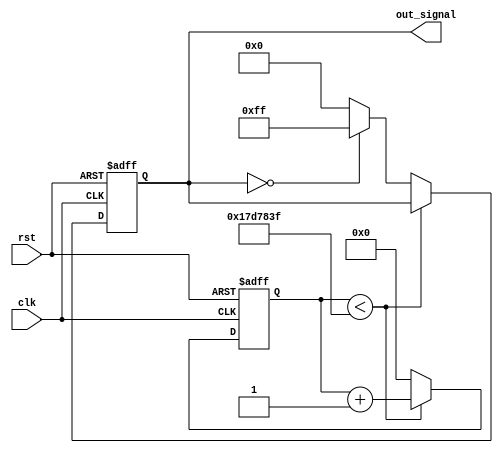
module SignalGenerator #(
    parameter SIGNAL_TYPE = 0,  // 0: Square, 1: Sine, 2: Triangle, 3: Sawtooth
    parameter FREQUENCY = 1,     // Frequency in Hz
    parameter AMPLITUDE = 8'hFF, // Amplitude (max value for output)
    parameter PHASE_OFFSET = 0   // Phase offset in degrees
)(
    input wire clk,              // Clock input
    input wire rst,              // Asynchronous reset
    output reg [7:0] out_signal  // Generated signal output
);

    // Constants
    localparam CLOCK_FREQ = 50_000_000; // Assume a clock frequency of 50 MHz
    localparam MAX_COUNT = CLOCK_FREQ / (2 * FREQUENCY); // Count value for frequency

    // Internal signals
    reg [31:0] counter;           // Counter for timing
    reg [7:0] sine_table [0:255]; // Lookup table for sine wave
    integer i;

    // Initialize the sine wave lookup table
    initial begin
        for (i = 0; i < 256; i = i + 1) begin
            sine_table[i] = AMPLITUDE * (1 + $sin(2 * 3.14159265 * i / 256.0)); // Scale to amplitude
        end
    end

    // Main signal generation logic
    always @(posedge clk or posedge rst) begin
        if (rst) begin
            out_signal <= 8'h00;
            counter <= 0;
        end else begin
            if (counter < MAX_COUNT - 1) begin
                counter <= counter + 1;
            end else begin
                counter <= 0;

                case (SIGNAL_TYPE)
                    0: begin // Square wave
                        out_signal <= (out_signal == 8'h00) ? AMPLITUDE : 8'h00;
                    end
                    1: begin // Sine wave
                        out_signal <= sine_table[(counter * 256) / MAX_COUNT];
                    end
                    2: begin // Triangle wave
                        if (counter < MAX_COUNT / 2) begin
                            out_signal <= (counter * AMPLITUDE) / (MAX_COUNT / 2);
                        end else begin
                            out_signal <= AMPLITUDE - ((counter - MAX_COUNT / 2) * AMPLITUDE) / (MAX_COUNT / 2);
                        end
                    end
                    3: begin // Sawtooth wave
                        out_signal <= (counter * AMPLITUDE) / MAX_COUNT;
                    end
                    default: out_signal <= 8'h00; // Default case
                endcase
            end
        end
    end

endmodule